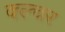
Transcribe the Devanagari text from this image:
क्ल्चर